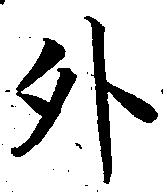
外